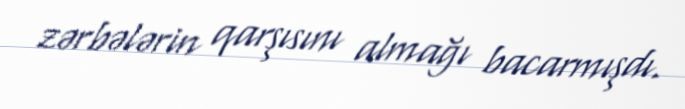
zərbələrin qarşısını almağı bacarmışdı.